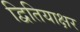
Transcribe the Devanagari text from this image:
द्वितियाक्षर